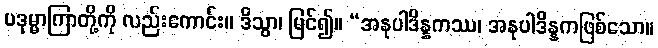
ပဒုမ္မာကြာတို့ကို လည်းကောင်း။ ဒိသွာ၊ မြင်၍။ “အနုပါဒိန္နကဿ၊ အနုပါဒိန္နကဖြစ်သော။